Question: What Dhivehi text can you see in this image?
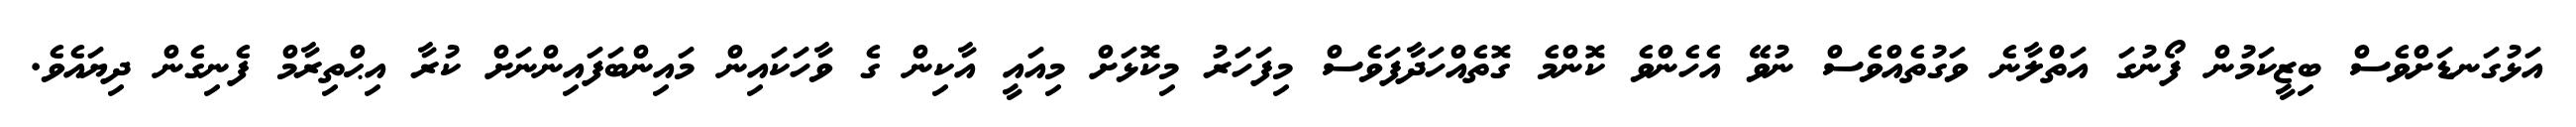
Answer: އަޅުގަނޑަށްވެސް ބިޒީކަމުން ފޯނުގަ އަތްލާނެ ވަގުތެއްވެސް ނުވޭ އެހެންވެ ކޮންމެ ގޮތެއްހަދާފަވެސް މިފަހަރު މިކޮޅަށް މިއައީ އާކިން ގެ ވާހަކައިން މައިންބަފައިންނަށް ކުރާ އިޙްތިރާމް ފެނިގެން ދިޔައެވެ.